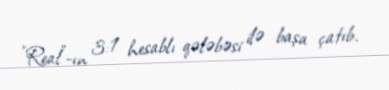
"Real"-ın 3:1 hesablı qələbəsi ilə başa çatıb.